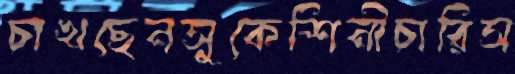
চাখছেনসুকেশিনীচারিস